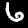
Digit: 6